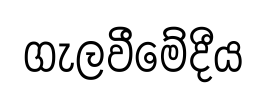
ගැලවීමේදීය